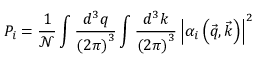
P _ { i } = \frac { 1 } { \mathcal { N } } \int \frac { d ^ { 3 } q } { \left( 2 \pi \right) ^ { 3 } } \int \frac { d ^ { 3 } k } { \left( 2 \pi \right) ^ { 3 } } \left| \alpha _ { i } \left( \vec { q } , \vec { k } \right) \right| ^ { 2 }